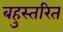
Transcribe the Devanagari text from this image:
बहुस्तरित